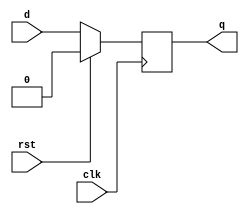
`timescale 1ns / 1ps
// Module Name: dff_upcount_data
module Dff_data(clk,rst,d,q);
input clk,rst,d;
output reg q;

always@(posedge clk)begin
    if(rst==1)begin
	  q=0;
	end
	else begin
	  q = d;
	end
end
endmodule